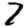
Digit: 7